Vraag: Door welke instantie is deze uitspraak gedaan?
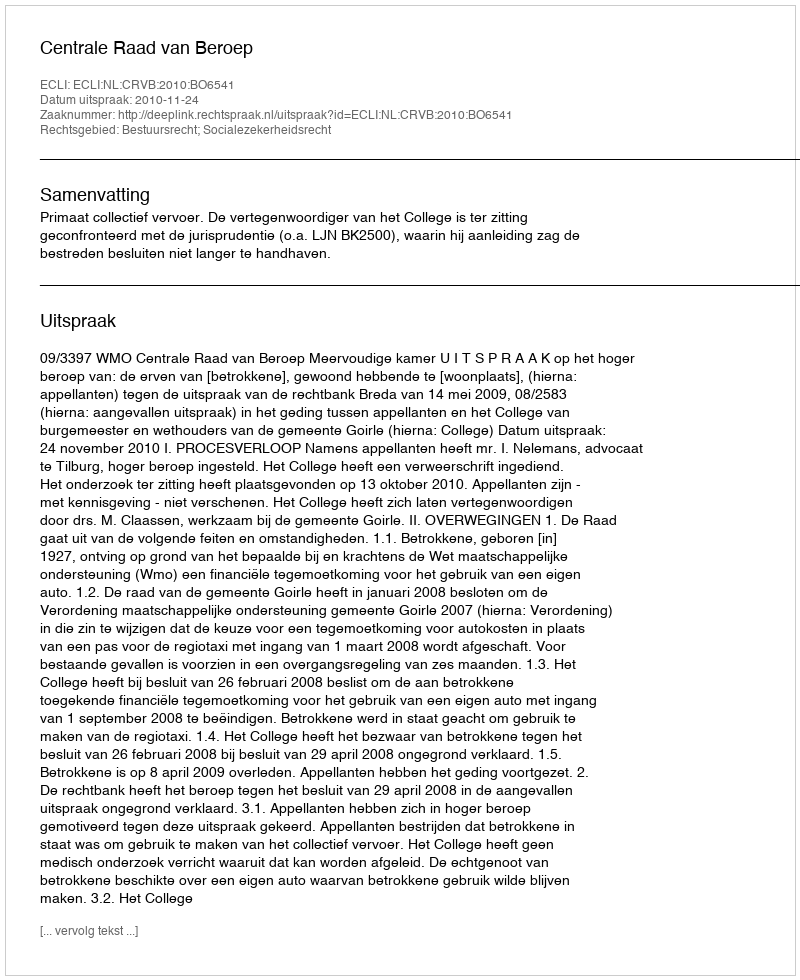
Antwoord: Centrale Raad van Beroep